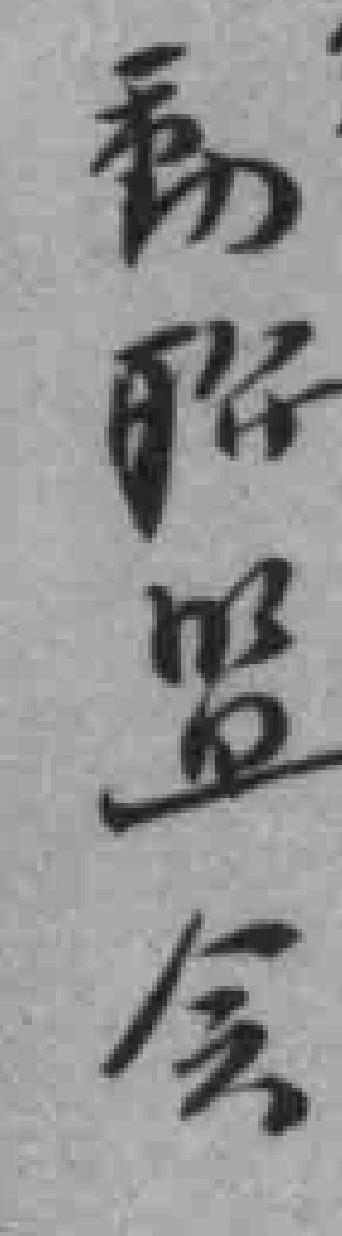
動聯監会